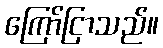
ကြော်ငြာသည်။